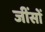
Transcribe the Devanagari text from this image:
जींसों